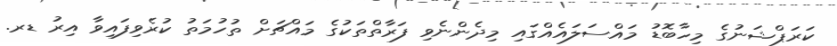
ކަރަޕްޝަނުގެ މިހާބޮޑު މައްސަލައެއްގައި މިދެންނެވި ފަރާތްތަކުގެ މައްޗަށް ތުހުމަތު ކުރެވިފައިވާ އިރު ޑރ.